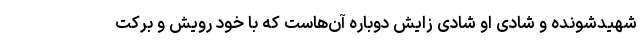
شهیدشونده و شادی او شادی زایش دوباره آن‌هاست که با خود رویش و برکت